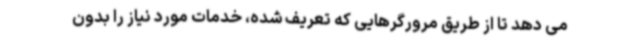
می دهد تا از طریق مرورگرهایی که تعریف شده، خدمات مورد نیاز را بدون